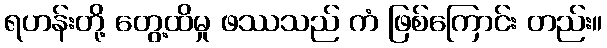
ရဟန်းတို့ တွေ့ထိမှု ဖဿသည် ကံ ဖြစ်ကြောင်း တည်း။